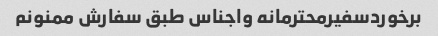
برخوردسفیرمحترمانه واجناس طبق سفارش ممنونم